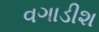
વગાડીશ